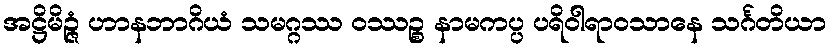
အဋ္ဌိမိဉ္ဇံ ဟာနဘာဂိယံ သမဂ္ဂဿ ဝဿဉ္စ နာမကပ္ပ ပရိဝါရာဝသာနေ သင်္ဂတိယာ